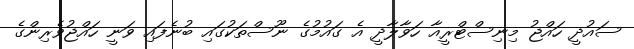
ސައުދީ ހައްޖު މިނިސްޓްރީއާ ހަވާލާދީ އެ ގައުމުގެ ނޫސްތަކުގައި ބުނެފައި ވަނީ ހައްޖުވެރިންގެ